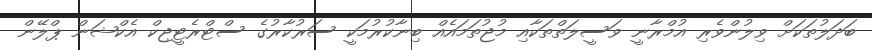
ބަދަލުތަކަށް ވިލުންވެރި އުމްރާނީ ވަސީލަތްތަކާއި މުޖުތަމައެއް ބިނާކުރުމަކީ ސަރުކާރުގެ ސްޓްރެޓީޖިކް އެކްޝަން ޕްލޭން